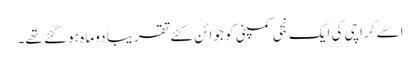
اسے کراچی کی ایک نجی کمپنی کو جوائن کئے تقریباً دو ماہ ہو گئے تھے۔